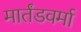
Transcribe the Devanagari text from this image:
मार्तंडवर्मा